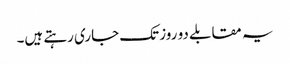
یہ مقابلے دو روز تک جاری رہتے ہیں۔